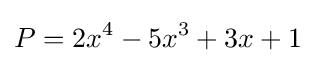
P=2x^{4}-5x^{3}+3x+1